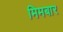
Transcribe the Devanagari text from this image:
मिमबार